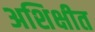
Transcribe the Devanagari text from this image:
अशिक्षीत